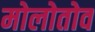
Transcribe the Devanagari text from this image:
मोलोतोव